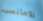
رومانسى